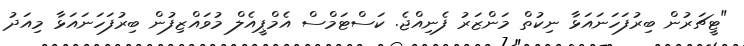
"ޓީޗަރުން ބިރުފަހަނައަޅާ ނިކުތް މަންޒަރު ފެނިއްޖެ. ކަސްޓަމްސް އެމްޕީއެލް މުވައްޒިފުން ބިރުފަހަނައަޅާ މިއަދު